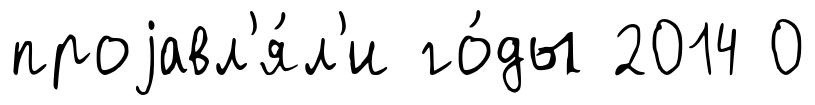
проjавл'я́л'и го́ды 2014 0